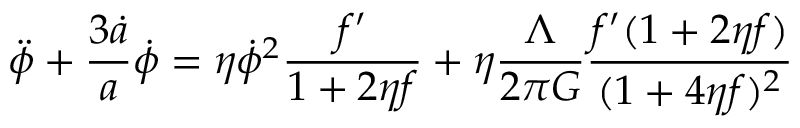
\ddot { \phi } + \frac { 3 \dot { a } } { a } \dot { \phi } = \eta \dot { \phi } ^ { 2 } \frac { f ^ { \prime } } { 1 + 2 \eta f } + \eta \frac { \Lambda } { 2 \pi G } \frac { f ^ { \prime } ( 1 + 2 \eta f ) } { ( 1 + 4 \eta f ) ^ { 2 } }